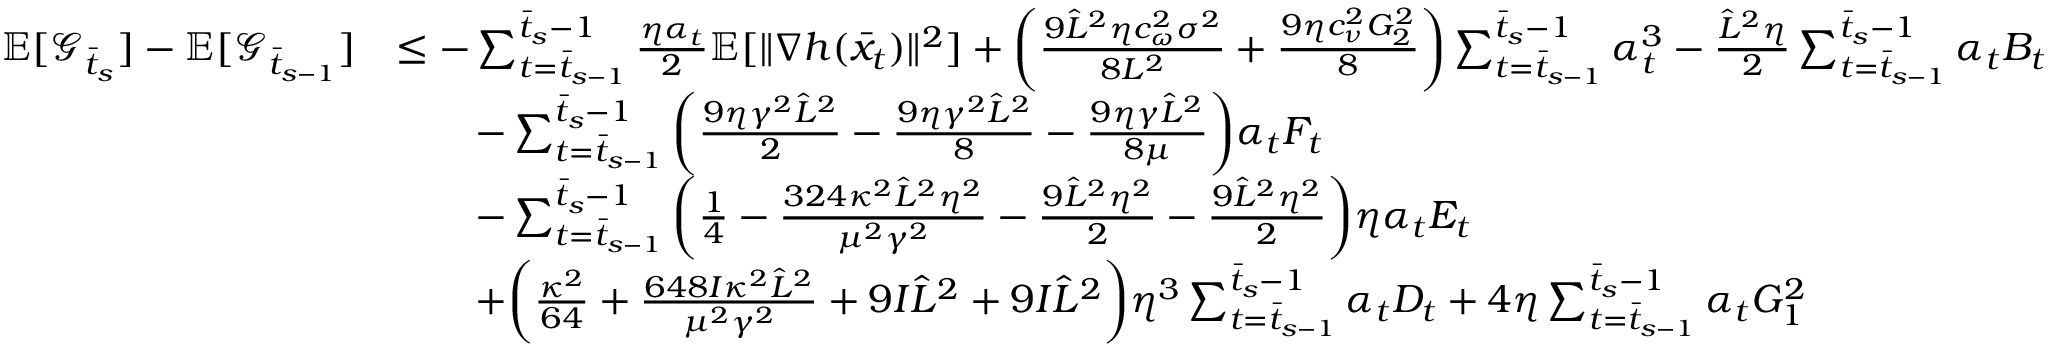
\begin{array} { r l } { \mathbb { E } [ \mathcal { G } _ { \bar { t } _ { s } } ] - \mathbb { E } [ \mathcal { G } _ { \bar { t } _ { s - 1 } } ] } & { \leq - \sum _ { t = \bar { t } _ { s - 1 } } ^ { \bar { t } _ { s } - 1 } \frac { \eta \alpha _ { t } } { 2 } \mathbb { E } [ \| \nabla h ( \bar { x } _ { t } ) \| ^ { 2 } ] + \bigg ( \frac { 9 \hat { L } ^ { 2 } \eta c _ { \omega } ^ { 2 } \sigma ^ { 2 } } { 8 L ^ { 2 } } + \frac { 9 \eta c _ { \nu } ^ { 2 } G _ { 2 } ^ { 2 } } { 8 } \bigg ) \sum _ { t = \bar { t } _ { s - 1 } } ^ { \bar { t } _ { s } - 1 } \alpha _ { t } ^ { 3 } - \frac { \hat { L } ^ { 2 } \eta } { 2 } \sum _ { t = \bar { t } _ { s - 1 } } ^ { \bar { t } _ { s } - 1 } \alpha _ { t } B _ { t } } \\ & { \qquad - \sum _ { t = \bar { t } _ { s - 1 } } ^ { \bar { t } _ { s } - 1 } \bigg ( \frac { 9 \eta \gamma ^ { 2 } \hat { L } ^ { 2 } } { 2 } - \frac { 9 \eta \gamma ^ { 2 } \hat { L } ^ { 2 } } { 8 } - \frac { 9 \eta \gamma \hat { L } ^ { 2 } } { 8 \mu } \bigg ) \alpha _ { t } F _ { t } } \\ & { \qquad - \sum _ { t = \bar { t } _ { s - 1 } } ^ { \bar { t } _ { s } - 1 } \bigg ( \frac { 1 } { 4 } - \frac { 3 2 4 \kappa ^ { 2 } \hat { L } ^ { 2 } \eta ^ { 2 } } { \mu ^ { 2 } \gamma ^ { 2 } } - \frac { 9 \hat { L } ^ { 2 } \eta ^ { 2 } } { 2 } - \frac { 9 \hat { L } ^ { 2 } \eta ^ { 2 } } { 2 } \bigg ) \eta \alpha _ { t } E _ { t } } \\ & { \qquad + \bigg ( \frac { \kappa ^ { 2 } } { 6 4 } + \frac { 6 4 8 I \kappa ^ { 2 } \hat { L } ^ { 2 } } { \mu ^ { 2 } \gamma ^ { 2 } } + 9 I \hat { L } ^ { 2 } + 9 I \hat { L } ^ { 2 } \bigg ) \eta ^ { 3 } \sum _ { t = \bar { t } _ { s - 1 } } ^ { \bar { t } _ { s } - 1 } \alpha _ { t } D _ { t } + 4 \eta \sum _ { t = \bar { t } _ { s - 1 } } ^ { \bar { t } _ { s } - 1 } \alpha _ { t } G _ { 1 } ^ { 2 } } \end{array}